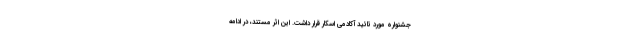
جشنواره مورد تائید آکادمی اسکار قرار داشت. این اثر مستند، در ادامه